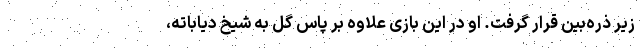
زیر ذره‌بین قرار گرفت. او در این بازی علاوه بر پاس گل به شیخ دیاباته،